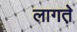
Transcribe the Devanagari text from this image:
लागत़े